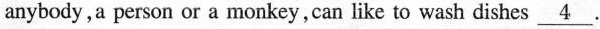
anybody,a person or a monkey,can like to wash dishes \underline{4} .